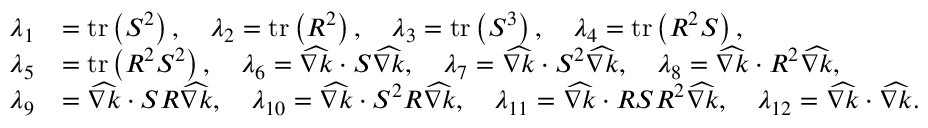
\begin{array} { r l } { \lambda _ { 1 } } & { = \operatorname { t r } \left( \boldsymbol { S } ^ { 2 } \right) , \quad \lambda _ { 2 } = \operatorname { t r } \left( \boldsymbol { R } ^ { 2 } \right) , \quad \lambda _ { 3 } = \operatorname { t r } \left( \boldsymbol { S } ^ { 3 } \right) , \quad \lambda _ { 4 } = \operatorname { t r } \left( \boldsymbol { R } ^ { 2 } \boldsymbol { S } \right) , } \\ { \lambda _ { 5 } } & { = \operatorname { t r } \left( \boldsymbol { R } ^ { 2 } \boldsymbol { S } ^ { 2 } \right) , \quad \lambda _ { 6 } = \widehat { \nabla k } \cdot \boldsymbol { S } \widehat { \nabla k } , \quad \lambda _ { 7 } = \widehat { \nabla k } \cdot \boldsymbol { S } ^ { 2 } \widehat { \nabla k } , \quad \lambda _ { 8 } = \widehat { \nabla k } \cdot \boldsymbol { R } ^ { 2 } \widehat { \nabla k } , } \\ { \lambda _ { 9 } } & { = \widehat { \nabla k } \cdot \boldsymbol { S } \boldsymbol { R } \widehat { \nabla k } , \quad \lambda _ { 1 0 } = \widehat { \nabla k } \cdot \boldsymbol { S } ^ { 2 } \boldsymbol { R } \widehat { \nabla k } , \quad \lambda _ { 1 1 } = \widehat { \nabla k } \cdot \boldsymbol { R } \boldsymbol { S } \boldsymbol { R } ^ { 2 } \widehat { \nabla k } , \quad \lambda _ { 1 2 } = \widehat { \nabla k } \cdot \widehat { \nabla k } . } \end{array}